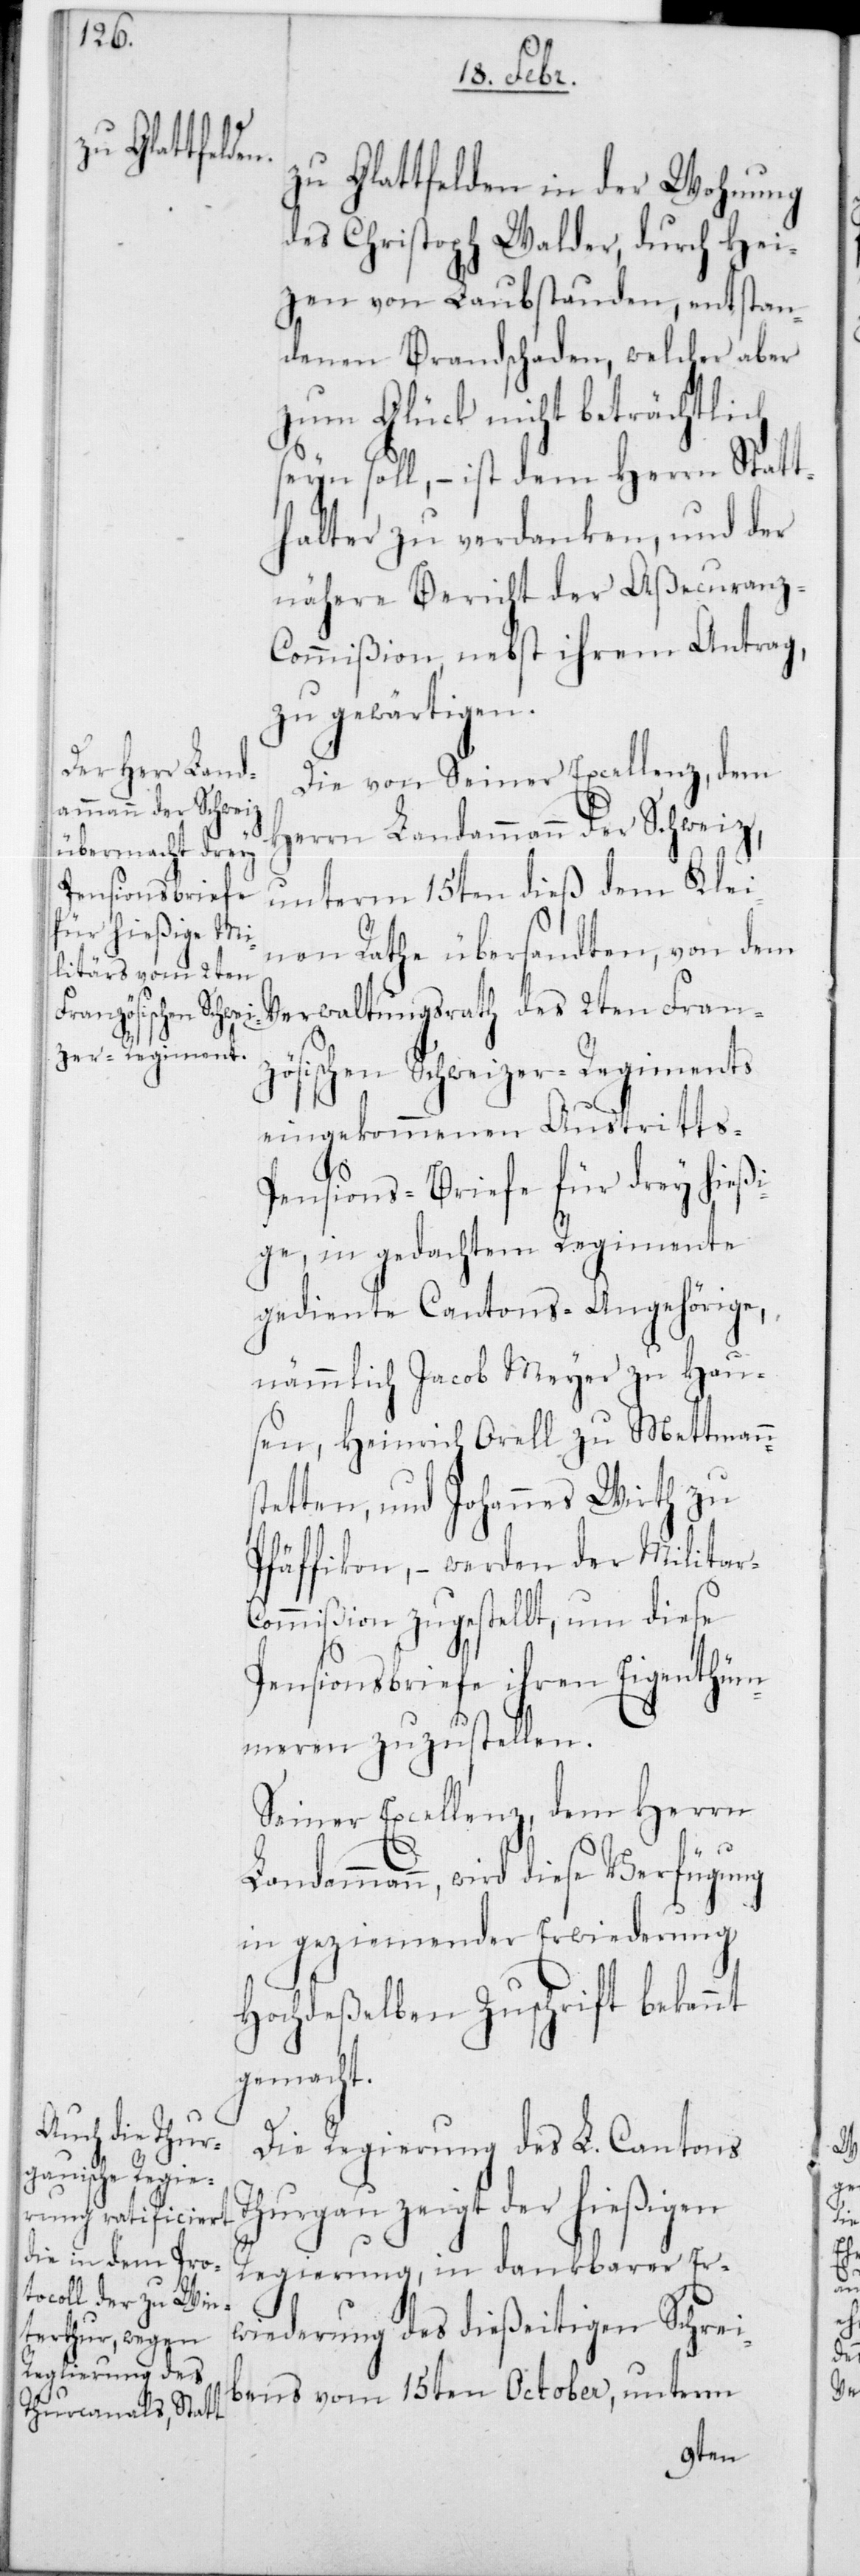
zu Glattfelden in der Wohnung
des Chistoph Walder, durch Hei¬
zen von Laubstauden, entstan¬
denen Brandschaden, welcher aber
zum Glück nicht beträchtlich
seyn soll, – ist dem Herrn Statt¬
halter zu verdanken, und der
nähere Bericht der Aßecuranz-C¬
ommißion, nebst ihrem Antrag,
zu gewärtigen.
Die von Seiner Excellenz, dem
Herrn Landammann der Schweiz,
unterm 15ten dieß dem Klei¬
nen Rathe übersandten, von dem
Verwaltungsrath des 2ten Fran¬
zösischen Schweizer-Regiments
eingekommenen Austritts-P¬
ensions-Briefe für drey hießi¬
ge, in gedachtem Regimente
gediente Cantons-Angehörige,
nämmlich Jacob Meyer zu Hau¬
sen, Heinrich Orell zu Mettmenns¬
tetten, und Johannes Wirth zu
Pfäffikon, – werden der Militar-C¬
ommißion zugestellt, um diese
Pensionsbriefe ihren Eigenthüm¬
meren zuzustellen.
Seiner Excellenz, dem Herrn
dammann, wird diese Verfügung
in geziemender Erwiderung
hochdeßelben Zuschrift bekannt
gemacht.
Die Regierung des L. Cantons
zeigt der hießigen
Regierung, in dankbarer Er¬
wiederung des dießeitigen Schrei¬
bens vom 15ten October, unterm
Lan¬